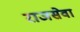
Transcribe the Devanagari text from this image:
राजसेवा